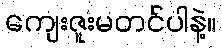
ကျေးဇူးမတင်ပါနဲ့။